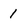
Character: 1